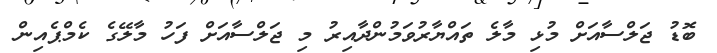
ބޮޑު ޖަލްސާއަށް މުޅި މާލެ ތައްޔާރުވަމުންދާއިރު މި ޖަލްސާއަށް ފަހު މާލޭގެ ކެމްޕެއިން